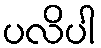
ပလိပါ